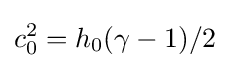
c_{0}^{2}=h_{0}(\gamma -1)/2